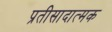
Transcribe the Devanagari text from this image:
प्रतीसादात्मक